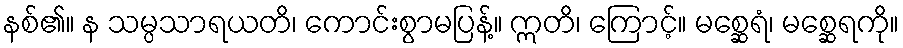
နစ်၏။ န သမ္ပသာရယတိ၊ ကောင်းစွာမပြန့်။ ဣတိ၊ ကြောင့်။ မစ္ဆေရံ၊ မစ္ဆေရကို။